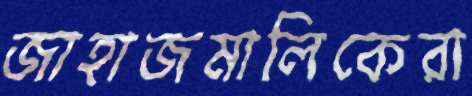
জাহাজমালিকেরা